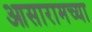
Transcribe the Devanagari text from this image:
आसारामच्या